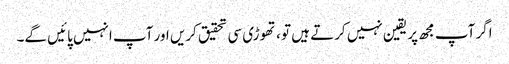
اگر آپ مجھ پر یقین نہیں کرتے ہیں تو ، تھوڑی سی تحقیق کریں اور آپ انہیں پائیں گے۔